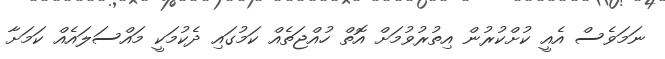
ނަމަވެސް އެއީ ކުށްކުރުން އިތުރުވުމަށް އޮތް ހުއްޖަތެއް ކަމުގައި ދެކުމަކީ މައްސަލައެއް ކަމަށާ